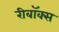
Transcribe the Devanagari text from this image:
रीबॉक्स